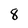
Character: 8